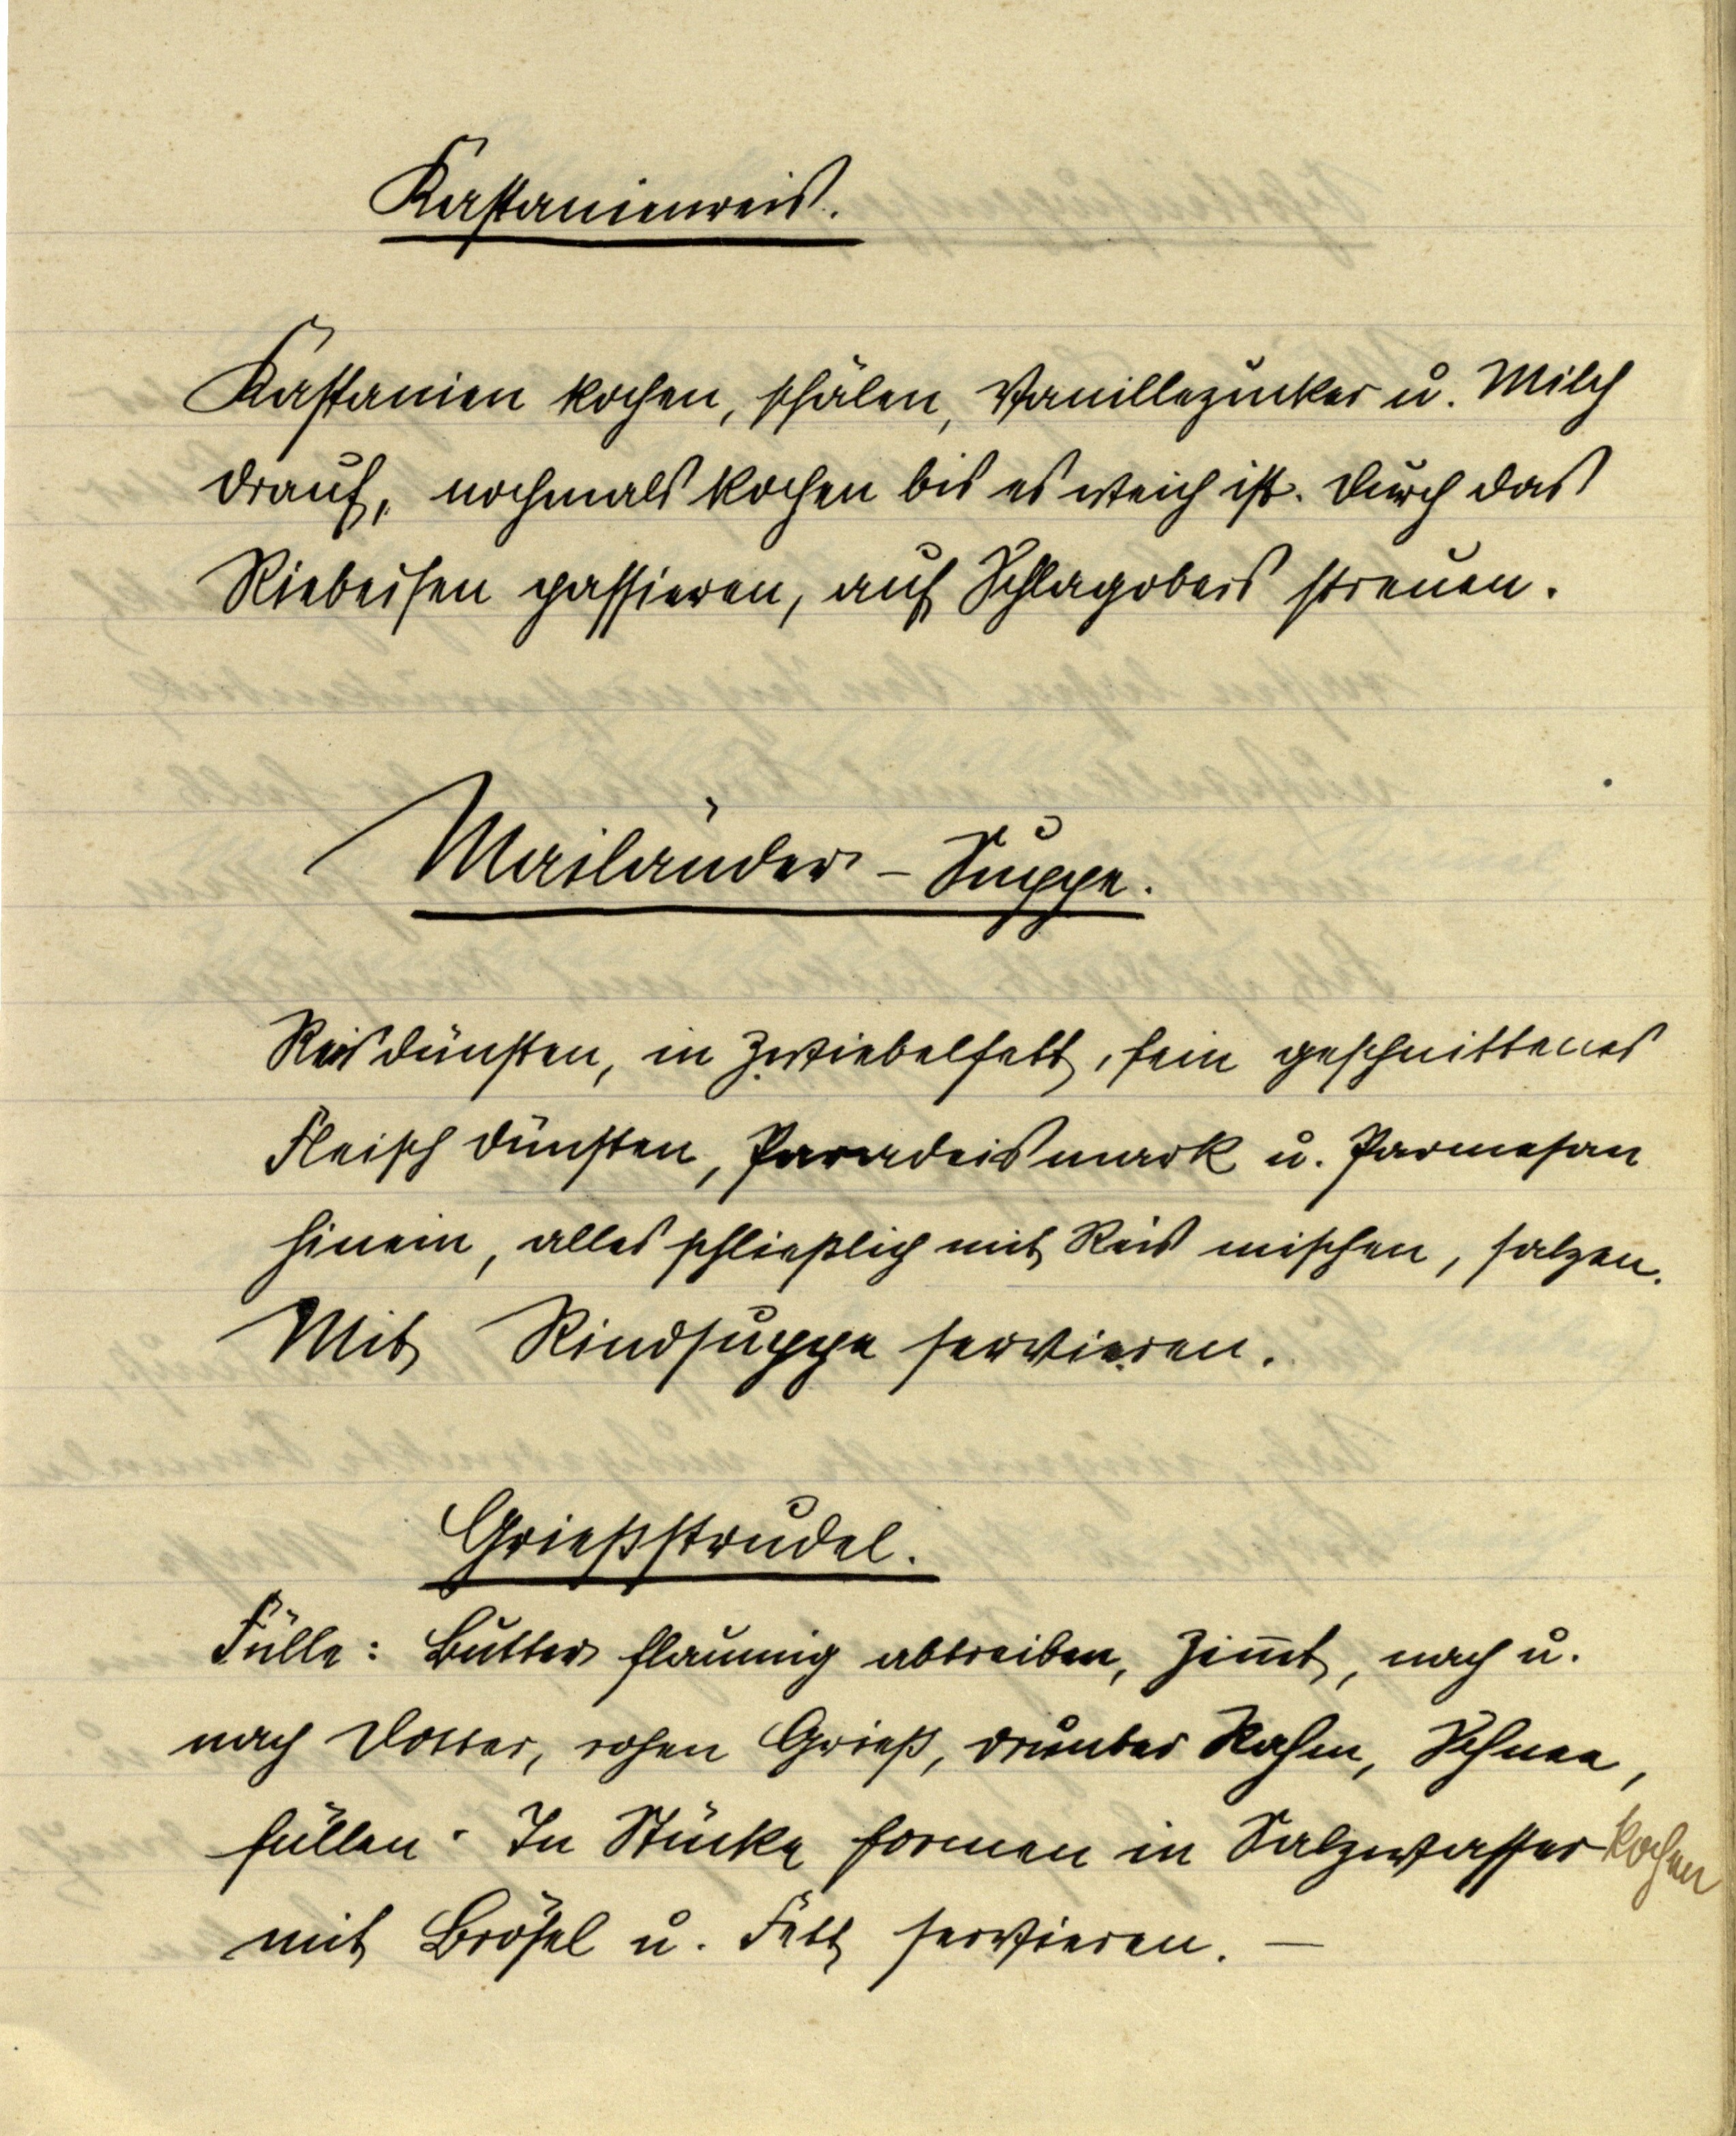
Kastanienreis.

Kastanien kochen, schälen, Vanillezucker u. Milch
drauf, nochmals kochen bis es weich ist. Durch das
Riebeisen passieren, auf Schlagobers streuen.

Mailänder-Suppe.

Reis dünsten, in Zwiebelsaft, fein geschnittenes
Fleisch dünsten, Paradeismark u. Parmesan
hinein, alles schließlich mit Reis mischen, salzen.
Mit Rindsuppe servieren.

Grießstrudel.
Fülle: Butter flaumig abtreiben, Zimmt, nach u.
nach Dotter, rohen Grieß, drunter Rahm, Schnee,
füllen. In Stücke formen in Salzwasser kochen
mit Brösel u. Fett servieren.